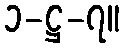
၁-ဋ္ဌ-၇။